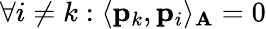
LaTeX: \forall i\neq k:\langle\mathbf{p}_{k},\mathbf{p}_{i}\rangle_{\mathbf{A}}=0